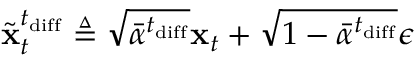
\widetilde { \mathbf { x } } _ { t } ^ { t _ { \mathrm { d i f f } } } \triangleq \sqrt { \Bar { \alpha } ^ { t _ { \mathrm { d i f f } } } } \mathbf { x } _ { t } + \sqrt { 1 - \Bar { \alpha } ^ { t _ { \mathrm { d i f f } } } } \epsilon